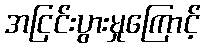
အငြင်းပွားမှုကြောင့်